Scottish Leaving Certificate Examination, 1960
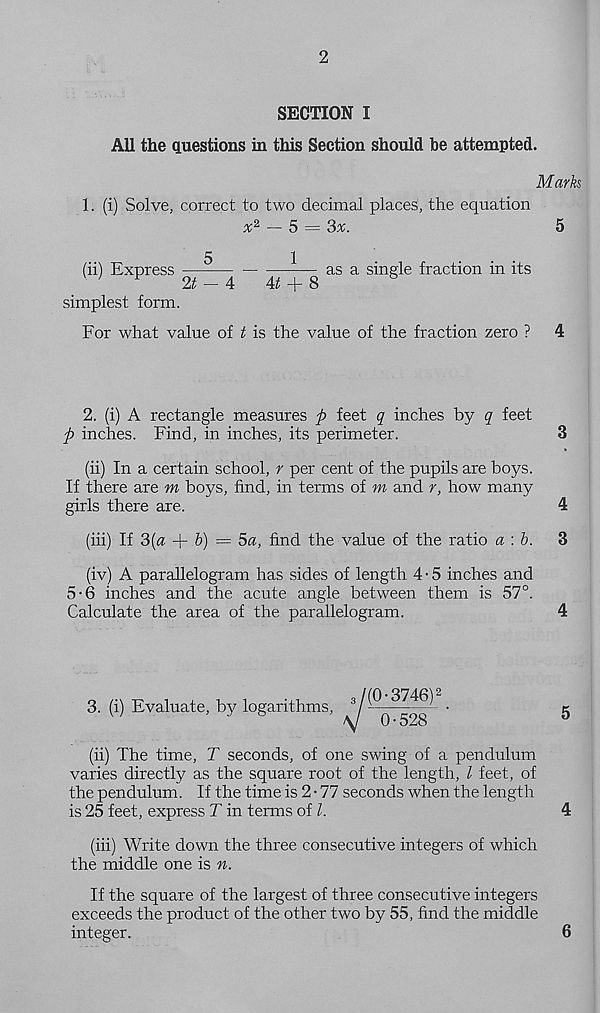
2
SECTION I
AU the questions in this Section should be attempted.
Marks
1. (i) Solve, correct to two decimal places, the equation
x 2 — 5 = 3%.
5
(ii) Express
1
as a single fraction in its
2t — 4
4t+ 8
simplest form.
For what value of t is the value of the fraction zero ?
4
2. (i) A rectangle measures p feet q inches by q feet
p inches. Find, in inches, its perimeter.
3
(ii) In a certain school, r per cent of the pupils are boys.
If there are m boys, find, in terms of m and r, how many
girls there are.
4
(iii) If 3{a + &) = 5a, find the value of the ratio a\b.
3
(iv) A parallelogram has sides of length 4 • 5 inches and
5-6 inches and the acute angle between them is 51°.
Calculate the area of the parallelogram.
4
3. (i) Evaluate, by logarithms,
•
g
(ii) The time, T seconds, of one swing of a pendulum
varies directly as the square root of the length, l feet, of
the pendulum. If the time is 2 • 77 seconds when the length
is 25 feet, express T in terms of l.
4
(iii) Write down the three consecutive integers of which
the middle one is n.
If the square of the largest of three consecutive integers
exceeds the product of the other two by 55, find the middle
integer.
6